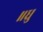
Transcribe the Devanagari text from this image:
॥ध्रु